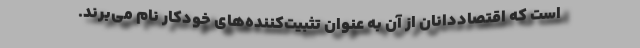
است که اقتصاددانان از آن به عنوان تثبیت‌کننده‌های خودکار نام می‌برند.